Report of the Indian Hemp Drugs Commission, 1894-1895 - Volume II
Year: 1894
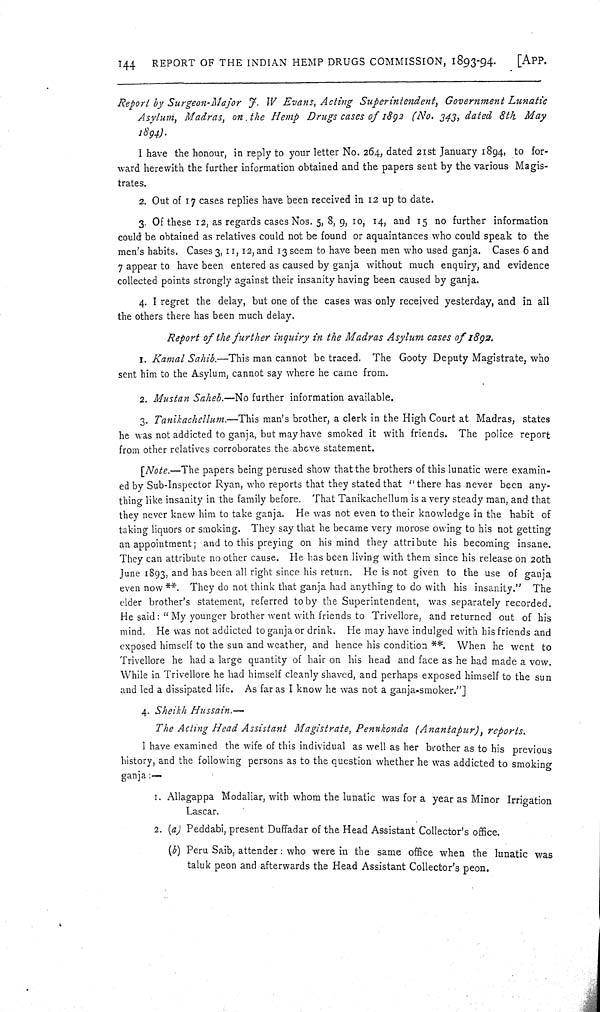
144
REPORT OF THE INDIAN HEMP DRUGS COMMISSION, 1893-94.
[APP.
Report by Surgeon-Major F. W Evans, Acting Superintendent, Government Lunatic
Asylum, Madras, on the Hemp Drugs cases of 1892 (No. 343, dated 8th May
1894).
I have the honour, in reply to your letter No. 264, dated 21st January 1894, to for-
ward herewith the further information obtained and the papers sent by the various Magis-
trates.
2. Out of 17 cases replies have been received in 12 up to date.
3. Of these 12, as regards cases Nos. 5, 8, 9, 10, 14, and 15 no further information
could be obtained as relatives could not be found or aquaintances who could speak to the
men's habits. Cases 3, 11, 12, and 13 seem to have been men who used ganja. Cases 6 and
7 appear to have been entered as caused by ganja without much enquiry, and evidence
collected points strongly against their insanity having been caused by ganja.
4. I regret the delay, but one of the cases was only received yesterday, and in all
the others there has been much delay.
Report of the further inquiry in the Madras Asylum cases of 1892.
1. Kamal Sahib.—This man cannot be traced. The Gooty Deputy Magistrate, who
sent him to the Asylum, cannot say where he came from.
2. Mustan Saheb.—No further information available.
3. Tanikachellum.—This man's brother, a clerk in the High Court at Madras, states
he was not addicted to ganja, but may have smoked it with friends. The police report
from other relatives corroborates the above statement.
[Note.—The papers being perused show that the brothers of this lunatic were examin-
ed by Sub-Inspector Ryan, who reports that they stated that "there has never been any-
thing like insanity in the family before. That Tanikachellum is a very steady man, and that
they never knew him to take ganja. He was not even to their knowledge in the habit of
taking liquors or smoking. They say that he became very morose owing to his not getting
an appointment; and to this preying on his mind they attribute his becoming insane.
They can attribute no other cause. He has been living with them since his release on 20th
June 1893, and has been all right since his return. He is not given to the use of ganja
even now**. They do not think that ganja had anything to do with his insanity." The
elder brother's statement, referred to by the Superintendent, was separately recorded.
He said: "My younger brother went with friends to Trivellore, and returned out of his
mind. He was not addicted to ganja or drink. He may have indulged with his friends and
exposed himself to the sun and weather, and hence his condition**. When he went to
Trivellore he had a large quantity of hair on his head and face as he had made a vow.
While in Trivellore he had himself cleanly shaved, and perhaps exposed himself to the sun
and led a dissipated life. As far as I know he was not a ganja-smoker."]
4. Sheikh Hussain.—
The Acting Head Assistant Magistrate, Penukonda (Anantapur), reports.
I have examined the wife of this individual as well as her brother as to his previous
history, and the following persons as to the question whether he was addicted to smoking
ganja:—
1. Allagappa Modaliar, with whom the lunatic was for a year as Minor Irrigation
Lascar.
2. (a) Peddabi, present Duffadar of the Head Assistant Collector's office.
(b) Peru Saib, attender: who were in the same office when the lunatic was
taluk peon and afterwards the Head Assistant Collector's peon.